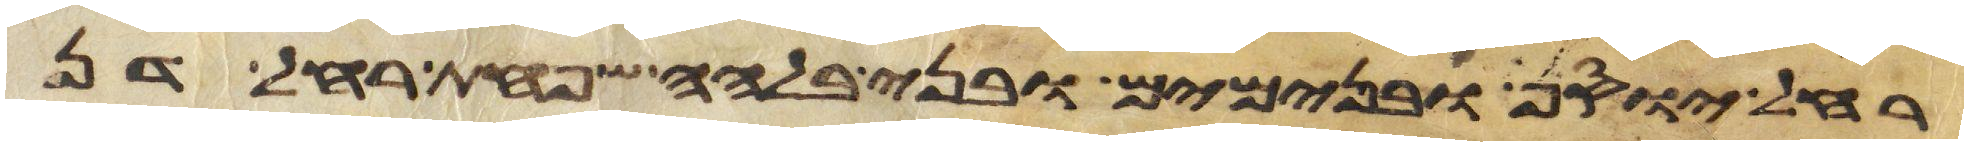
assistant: רחל יוסף ובנימים ובני בלהה שפחת רחל דן